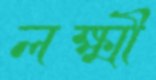
লক্ষ্মী